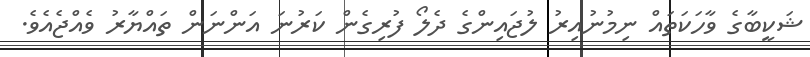
ޝަކީބާގެ ވާހަކަތައް ނިމުނުއިރު ލުޖައިންގެ ދެލޯ ފުރިގެން ކަރުނަ އަންނަން ތައްޔާރު ވެއްޖެއެވެ.